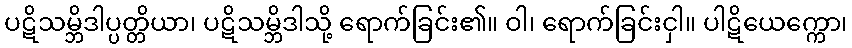
ပဋိသမ္ဘိဒါပ္ပတ္တိယာ၊ ပဋိသမ္ဘိဒါသို့ ရောက်ခြင်း၏။ ဝါ၊ ရောက်ခြင်းငှါ။ ပါဋိယေက္ကော၊